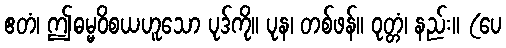
ဧတံ၊ ဤဓမ္မဝိစယဟူသော ပုဒ်ကို။ ပုန၊ တစ်ဖန်။ ဝုတ္တံ၊ နည်း။ (ပေ